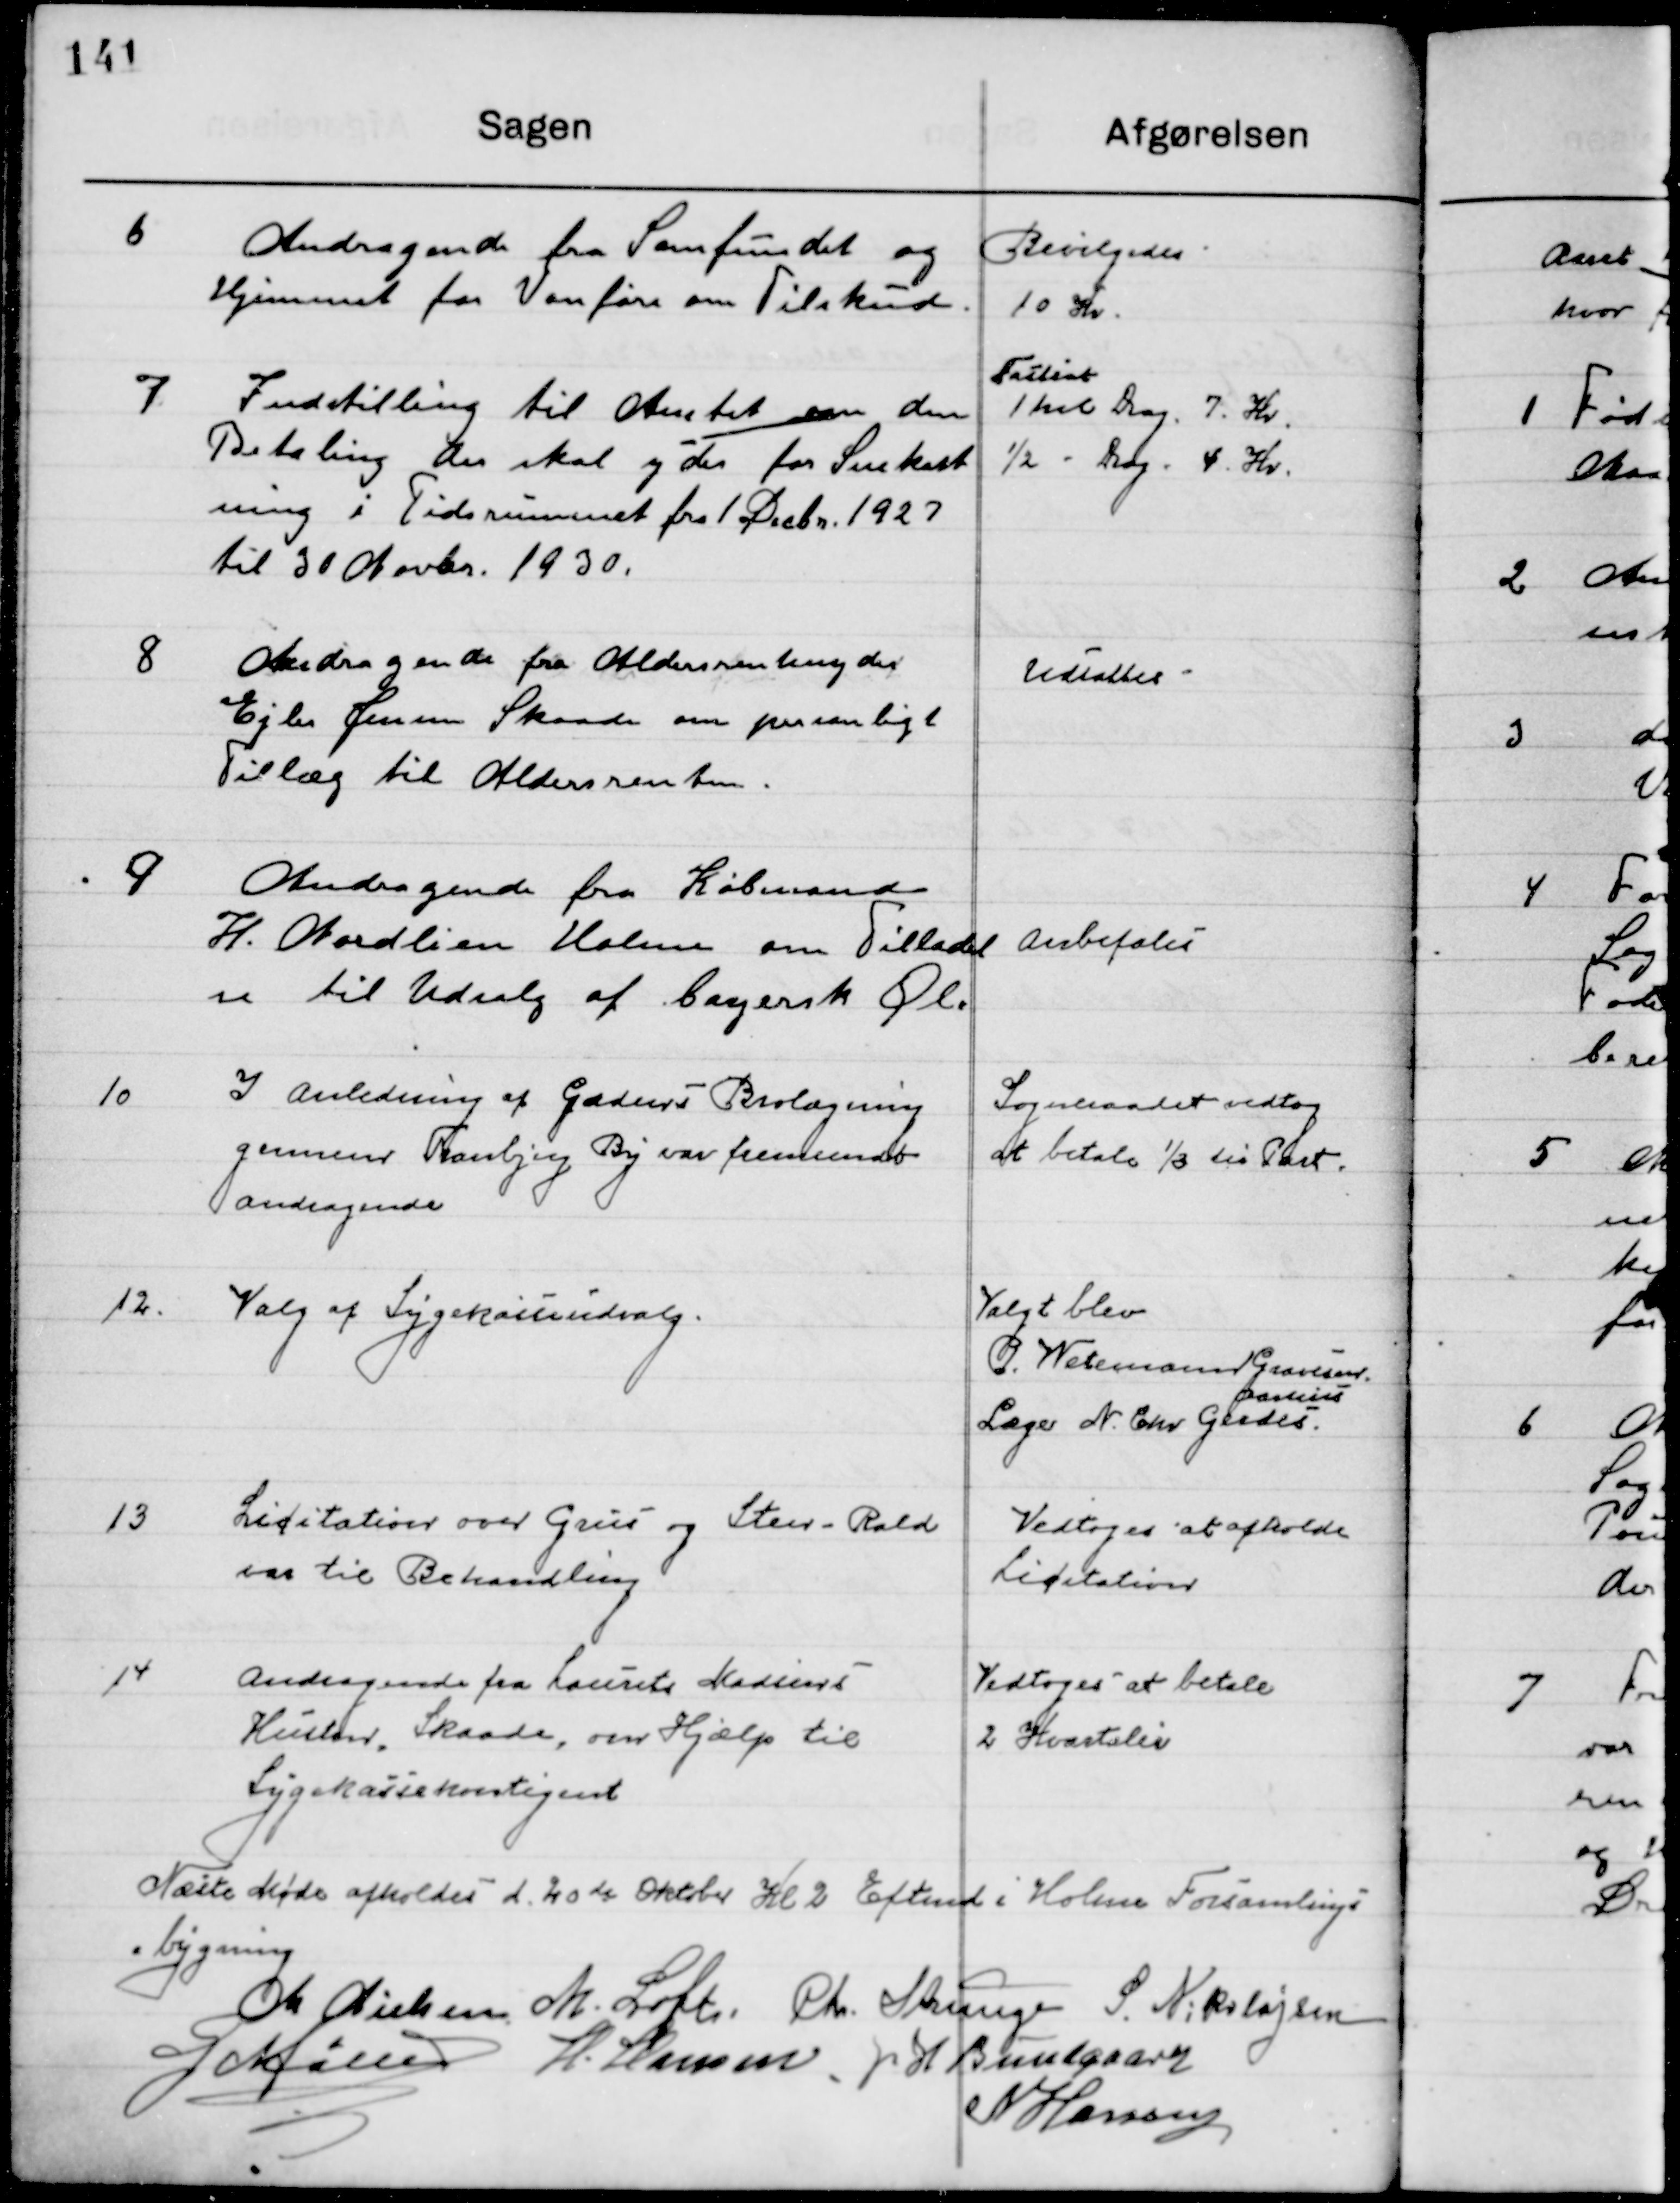
Transskription:
6

Andragende fra Samfundet og
Hjemmet for Vanføre om Tilskud.

Bevilgedes
10 Kr.

7

Indstilling til Amtet var den
Betaling der skal ydes for Snekast-
ning i Tidsrummet fra 1 Decbr. 1927
til 30 Novbr. 1930.

Fastsat
1 hel Dag 7 Kr.
½ - Dag 4 Kr.

8

Andragende fra Aldersrenteyder 
Ejler Jensen Skaade, om personligt
Tillæg  til Aldersrenten.

Udsattes

9

Andragende fra Købmand
H. Nordlien Holme om tilladel-
se til Udsalg af bayersk Øl.

Anbefales

10

I anledning af Gadens Brolægning
Gennem Tranbjerg by var fremsendt
andragende

Sogneraadet vedtog
at betale 1/3 til Part.

12

Valg af Sygekasseudvalg

Valgt blev
P. Wetemann Graversen 
Læge N. Chr. Gerdes
Aarhus

13

Licitation over Grus og Sten- Rald
Var til Behandling

Vedtoges at afholde
Licitation

14

Andragende fra Laurits Madsens
Hustru, Skaade, om Hjælp til 
Sygekassekontingent.

Vedtoges at betale
2 Kvartaler

Næste Møde afholdes d. 20de Oktober Kl. 2 Eftermd. i Holme Forsamlings-
bygning

M. Nielsen
M. Loft
Chr. Strunge
S. Nikolajsen
G. Møller
H. Hansen
J. H. Bundgaard
N. Hansen